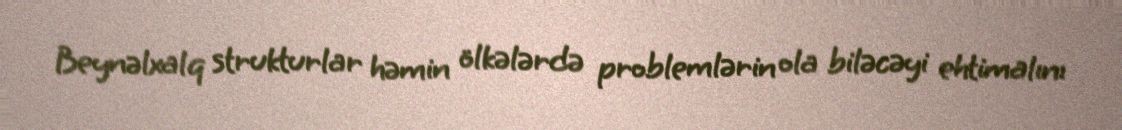
Beynəlxalq strukturlar həmin ölkələrdə problemlərin ola biləcəyi ehtimalını